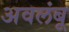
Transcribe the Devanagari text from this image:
अवलंबू